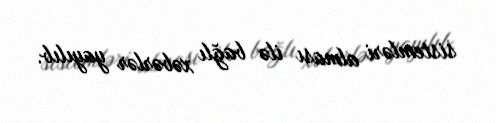
sistemləri alması ilə bağlı xəbərlər yayılıb.